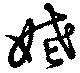
姥